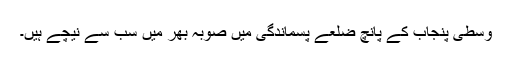
وسطی پنجاب کے پانچ ضلعے پسماندگی میں صوبہ بھر میں سب سے نیچے ہیں۔